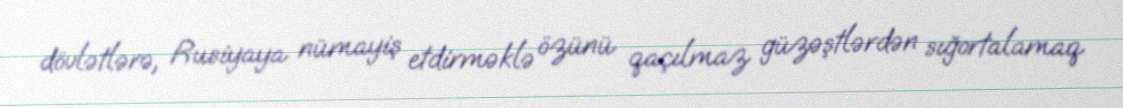
dövlətlərə, Rusiyaya nümayiş etdirməklə özünü qaçılmaz güzəştlərdən sığortalamaq